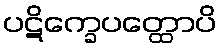
ပဋိက္ခေပတ္ထောပိ